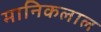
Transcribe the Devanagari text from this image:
मानिकलाल